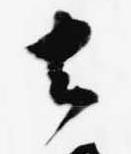
去